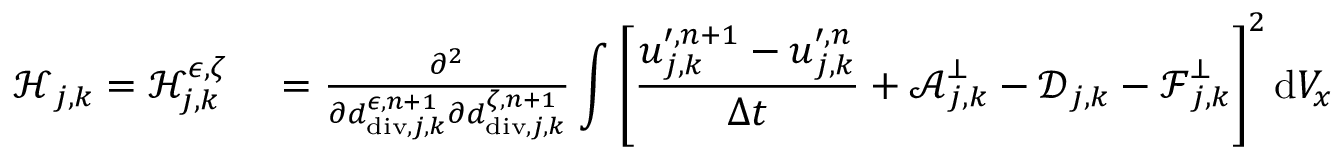
\begin{array} { r l } { \boldsymbol { \mathcal { H } } _ { j , \boldsymbol { k } } = \mathcal { H } _ { j , \boldsymbol { k } } ^ { \epsilon , \zeta } } & { { } = \frac { \partial ^ { 2 } } { \partial d _ { \mathrm { d i v } , j , \boldsymbol { k } } ^ { \epsilon , n + 1 } \partial d _ { \mathrm { d i v } , j , \boldsymbol { k } } ^ { \zeta , n + 1 } } \displaystyle \int \left[ \frac { \boldsymbol { u } _ { j , \boldsymbol { k } } ^ { \prime , n + 1 } - \boldsymbol { u } _ { j , \boldsymbol { k } } ^ { \prime , n } } { \Delta t } + \boldsymbol { \mathcal { A } } _ { j , \boldsymbol { k } } ^ { \bot } - \boldsymbol { \mathcal { D } } _ { j , \boldsymbol { k } } - \boldsymbol { \mathcal { F } } _ { j , \boldsymbol { k } } ^ { \bot } \right] ^ { 2 } \mathrm { d } V _ { x } } \end{array}